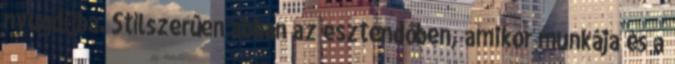
nyugdíjba. Stílszerûen abban az esztendôben, amikor munkája és a